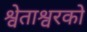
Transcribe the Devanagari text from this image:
श्वेताश्वरको